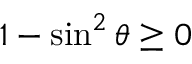
1 - \sin ^ { 2 } \theta \geq 0